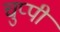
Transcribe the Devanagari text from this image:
चुप्‍पी